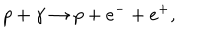
p + \gamma \rightarrow p + e ^ { - } + e ^ { + } ,